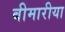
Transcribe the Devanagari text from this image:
बीमारीया